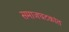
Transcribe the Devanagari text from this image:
समाजघटकांत